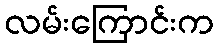
လမ်းကြောင်းက